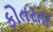
કોતરતા